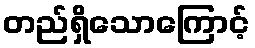
တည်ရှိသောကြောင့်